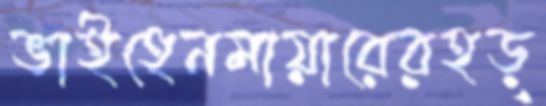
ভাইহেনমায়ারেরহড়্‌